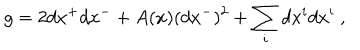
LaTeX: g = 2 d x ^ { + } d x ^ { - } + A ( x ) ( d x ^ { - } ) ^ { 2 } + \sum _ { i } d x ^ { i } d x ^ { i } ~ ,